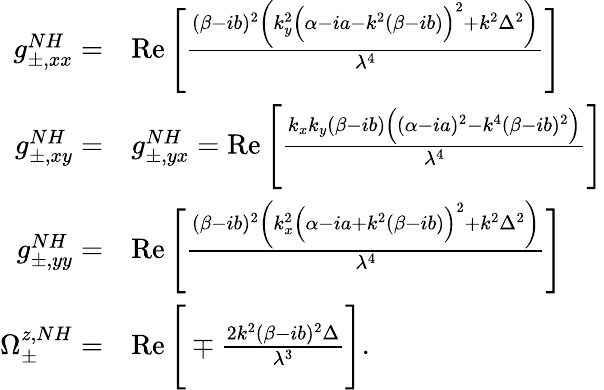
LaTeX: \begin{array}{rl}{g_{\pm,xx}^{NH}=}&{\operatorname{Re}\Bigg[\frac{(\beta-ib)^{2}\bigg(k_{y}^{2}\Big(\alpha-ia-k^{2}(\beta-ib)\Big)^{2}+k^{2}\Delta^{2}\bigg)}{\lambda^{4}}\Bigg]}\\ {g_{\pm,xy}^{NH}=}&{g_{\pm,yx}^{NH}=\operatorname{Re}\Bigg[\frac{k_{x}k_{y}(\beta-ib)\Big((\alpha-ia)^{2}-k^{4}(\beta-ib)^{2}\Big)}{\lambda^{4}}\Bigg]}\\ {g_{\pm,yy}^{NH}=}&{\operatorname{Re}\Bigg[\frac{(\beta-ib)^{2}\bigg(k_{x}^{2}\Big(\alpha-ia+k^{2}(\beta-ib)\Big)^{2}+k^{2}\Delta^{2}\bigg)}{\lambda^{4}}\Bigg]}\\ {\Omega_{\pm}^{z,NH}=}&{\operatorname{Re}\Bigg[\mp\frac{2k^{2}(\beta-ib)^{2}\Delta}{\lambda^{3}}\Bigg].}\end{array}